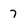
Character: 7